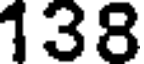
138